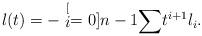
LaTeX: \begin{align*}l(t)=-\stackrel[i=0]{n-1}{\sum}t^{i+1}l_{i}.\end{align*}